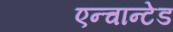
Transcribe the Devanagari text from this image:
एन्चान्टेड